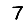
Digit: 7